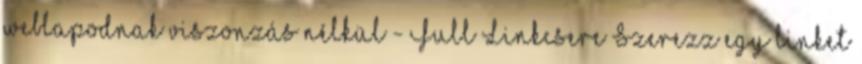
weblapodnak viszonzás nélkül - Full Linkcsere Szerezz egy linket